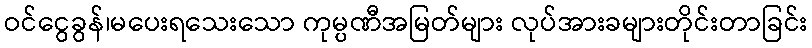
ဝင်ငွေခွန်၊မပေးရသေးသော ကုမ္ပဏီအမြတ်များ လုပ်အားခများတိုင်းတာခြင်း